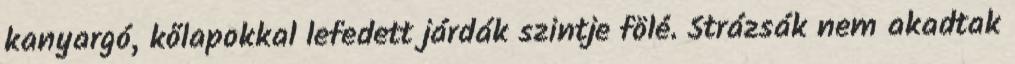
kanyargó, kőlapokkal lefedett járdák szintje fölé. Strázsák nem akadtak